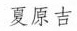
夏原吉